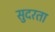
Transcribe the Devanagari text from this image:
सुदरता